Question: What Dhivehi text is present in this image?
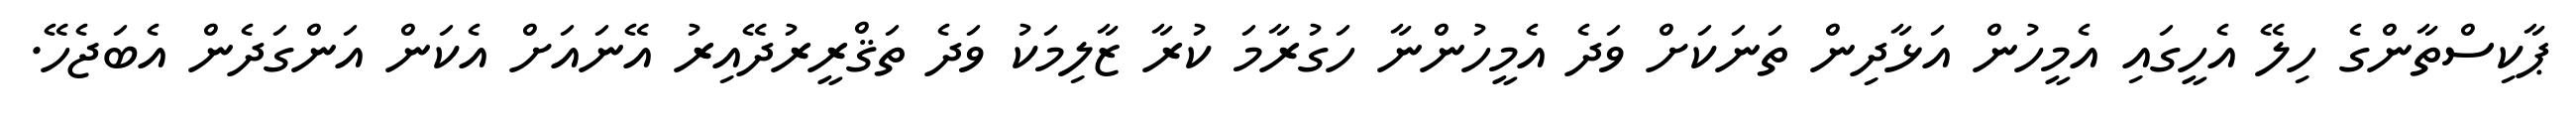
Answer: ޕާކިސްތާންގެ ހިލޭ އެހީގައި އެމީހުން އަޅާދިން ތަނަކަށް ވަދެ އެމީހުންނާ ހަގުރާމަ ކުރާ ޒާލިމަކު ވަދެ ތަޤްރީރުދޭއިރު އޭނައަށް އެކަން އަންގަދެން އެބަޖެހޭ.